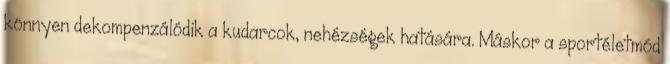
könnyen dekompenzálódik a kudarcok, nehézségek hatására. Máskor a sportéletmód